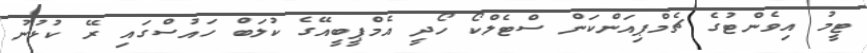
ޓީމު އިވެންޓުގެ ޗެމްޕިއަންކަން ސްޓެލްކޯ ހޯދީ އެމްޕީބީއޭގެ ކުލަބް ހައުސްގައި ރޭ ކުޅުނު